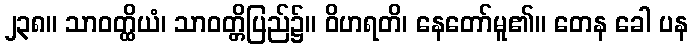
၂၃၈။ သာဝတ္ထိယံ၊ သာဝတ္တိပြည်၌။ ဝိဟရတိ၊ နေတော်မူ၏။ တေန ခေါ ပန